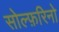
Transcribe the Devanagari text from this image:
सोल्फ़रिनो